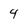
Character: 4